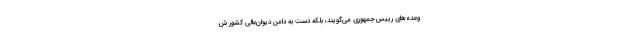
وعده‌هاي رييس‌جمهوري مي‌گويند، بلكه دست به دامن ديوان‌عالي كشور ش